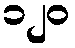
၁၂၀